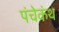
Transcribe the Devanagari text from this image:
पंचेकंथ